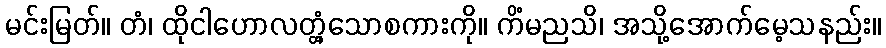
မင်းမြတ်။ တံ၊ ထိုငါဟောလတ္တံ့သောစကားကို။ ကိံမညသိ၊ အသို့အောက်မေ့သနည်း။